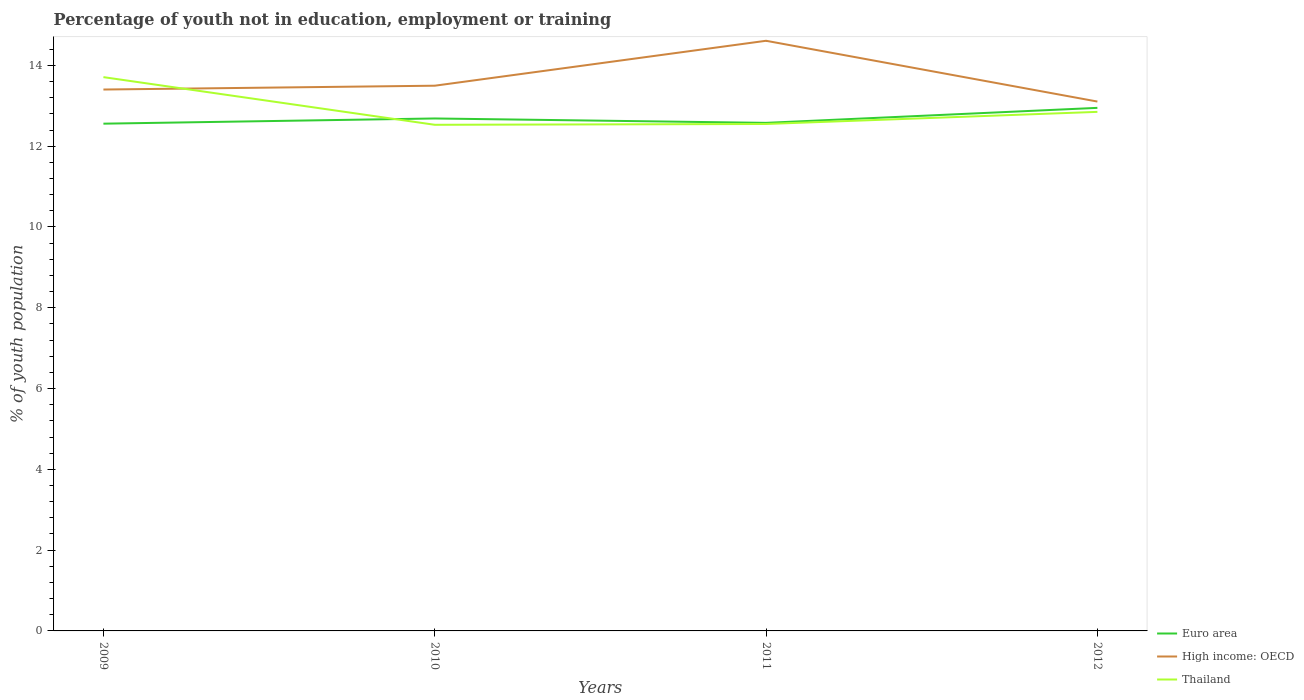
| Years | Euro area | High income: OECD | Thailand |
 | --- | --- | --- | --- |
 | 2009 | 12.6 | 13.4 | 13.7 |
 | 2010 | 12.7 | 13.5 | 12.5 |
 | 2011 | 12.6 | 14.6 | 12.6 |
 | 2012 | 12.9 | 13.1 | 12.9 |